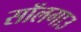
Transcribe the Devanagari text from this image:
सॉलगाउ